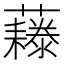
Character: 𧄃